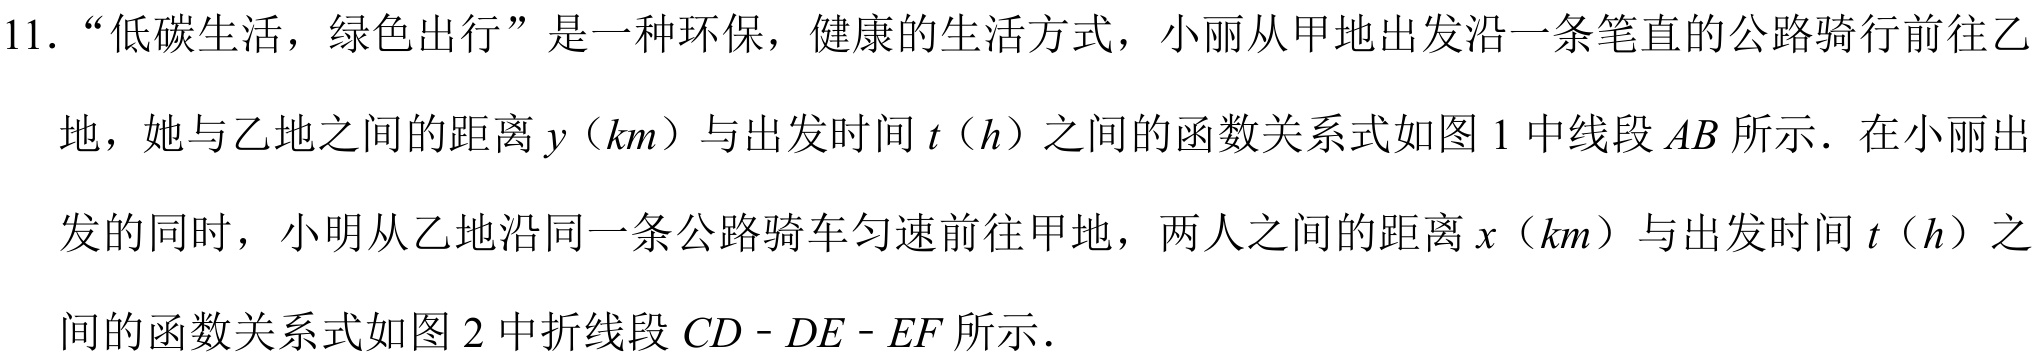
11. “低碳生活，绿色出行”是一种环保，健康的生活方式，小丽从甲地出发沿一条笔直的公路骑行前往乙地，她与乙地之间的距离$y$（$km$）与出发时间$t$（$h$）之间的函数关系式如图1中线段$AB$所示．在小丽出发的同时，小明从乙地沿同一条公路骑车匀速前往甲地，两人之间的距离$x$（$km$）与出发时间$t$（$h$）之间的函数关系式如图2中折线段$CD - DE - EF$所示．